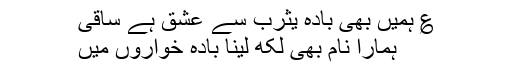
؏ ہمیں بھی بادہ یثرب سے عشق ہے ساقی
ہمارا نام بھی لکھ لینا بادہ خواروں میں